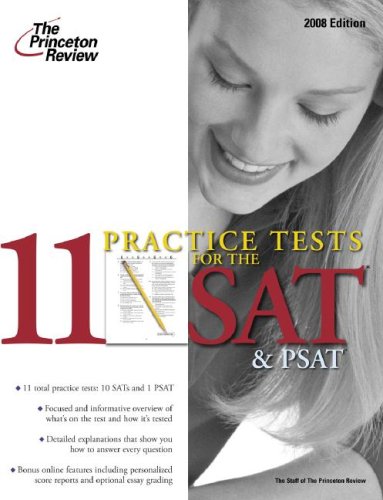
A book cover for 11 Practice Tests for the SAT and PSAT, 2008 (College Test Preparation); Princeton Review; Test Preparation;